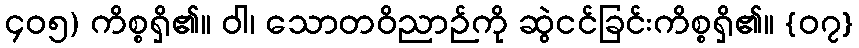
၄၀၅) ကိစ္စရှိ၏။ ဝါ၊ သောတဝိညာဉ်ကို ဆွဲငင်ခြင်းကိစ္စရှိ၏။ {၀၇}